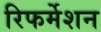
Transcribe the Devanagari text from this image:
रिफर्मेशन